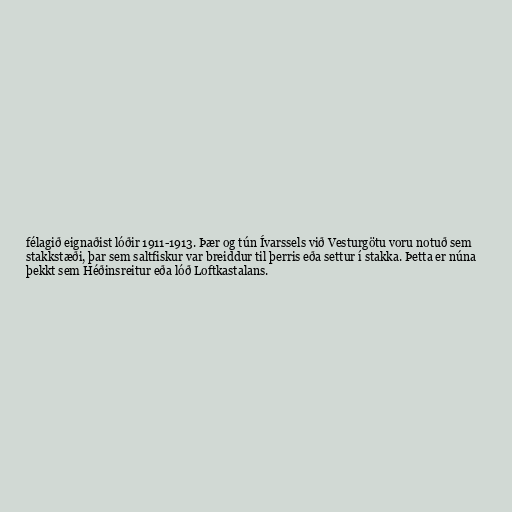
félagið eignaðist lóðir 1911-1913. Þær og tún Ívarssels við Vesturgötu voru notuð sem
stakkstæði, þar sem saltfiskur var breiddur til þerris eða settur í stakka. Þetta er núna
þekkt sem Héðinsreitur eða lóð Loftkastalans.